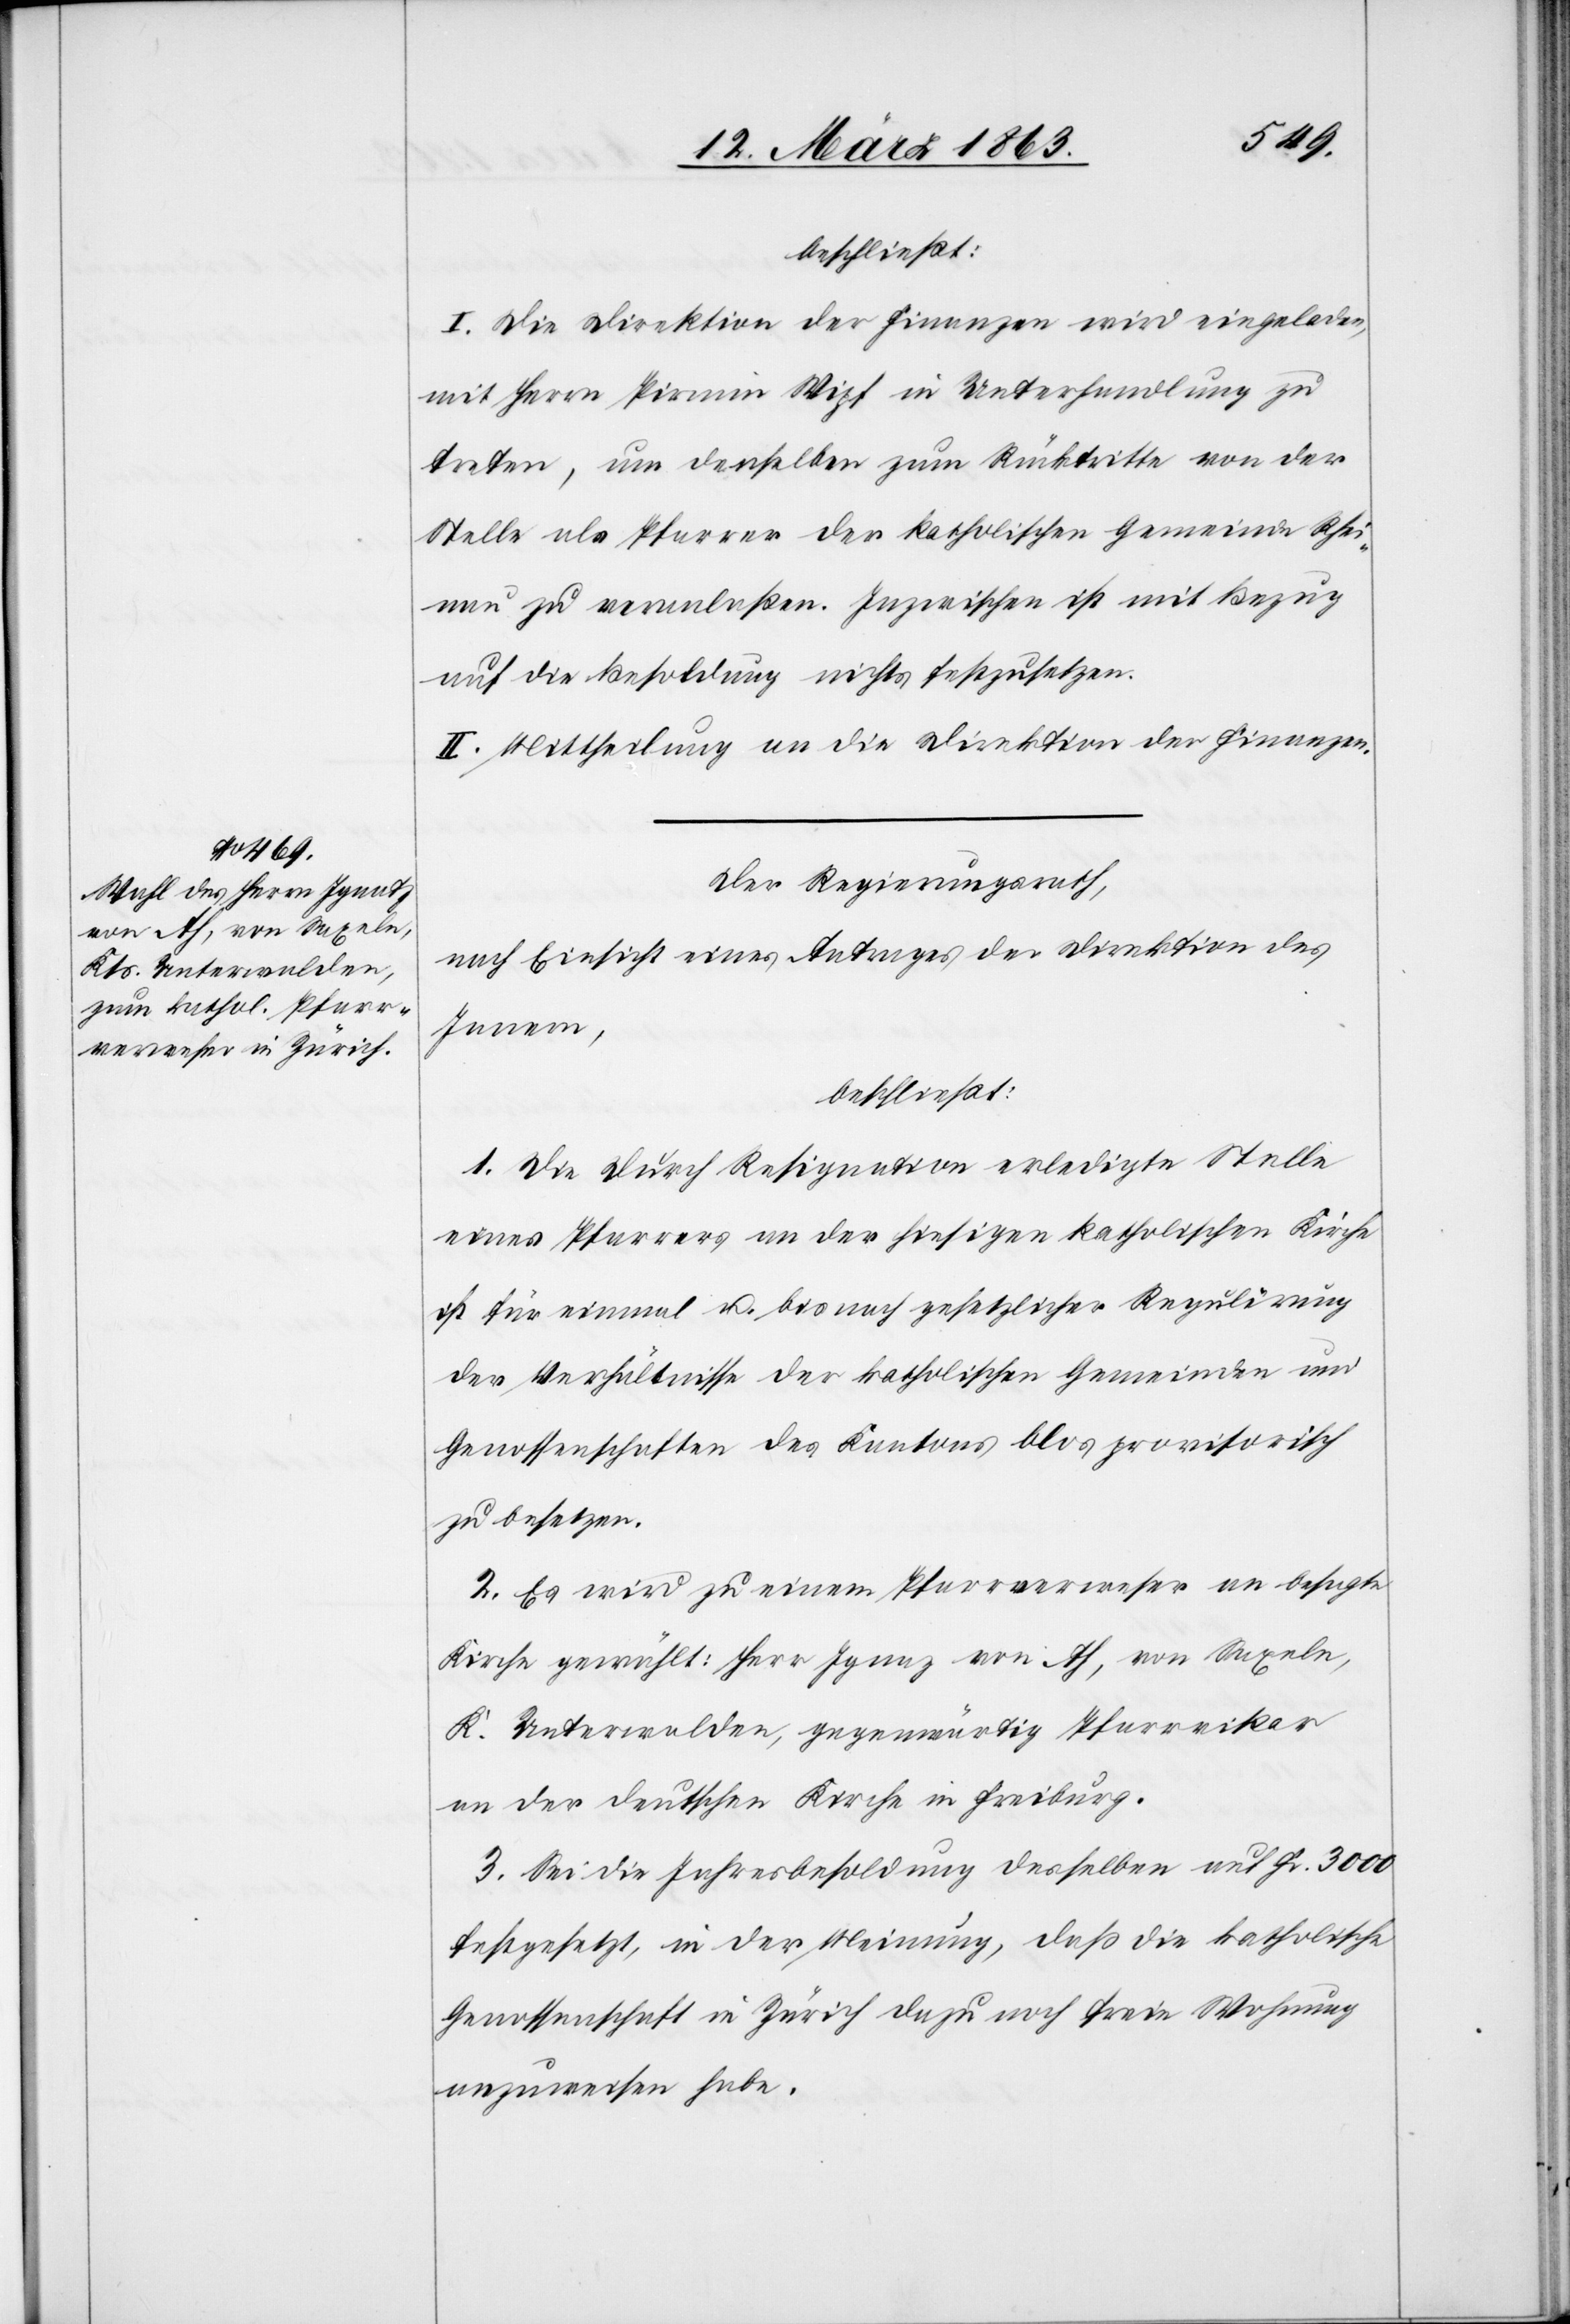
beschließt:
I. Die Direktion der Finanzen wird eingeladen,
mit Herrn Pirmin Wipf in Unterhandlung zu
treten, um denselben zum Rücktritte von der
Stelle als Pfarrer der katholischen Gemeinde Rhei¬
nau zu veranlaßen. Inzwischen ist mit Bezug
auf die Besoldung nichts festzusetzen.
II. Mittheilung an die Direktion der Finanzen.
Der Regierungsrath,
nach Einsicht eines Antrages der Direktion des
Innern,
beschließt:
1. Die durch Resignation erledigte Stelle
eines Pfarrers an der hiesigen katholischen Kirche
ist für einmal u. bis nach gesetzlicher Regulirung
der Verhältnisse der katholischen Gemeinden und
Genossenschaften des Kantons blos provisorisch
zu besetzen.
2. Es wird zu einem Pfarrverweser an besagte
Kirche gewählt: Herr Ignaz von Ah, von Saxeln,
K. Unterwalden, gegenwärtig Pfarrvikar
an der deutschen Kirche in Freiburg.
3. Sei die Jahresbesoldung desselben auf Fr. 3000
festgesetzt, in der Meinung, daß die katholische
Genossenschaft in Zürich dazu noch freie Wohnung
anzuweisen habe.